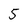
Character: 5